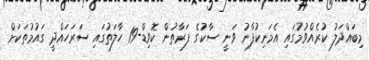
މިބައްދަލު ކުރެއްވުމުގައި އެމަނިކުފާނު ވަނީ ސާކުގެ ފަރާތުން ކޮވިޑް-19 ހާލަތުގައި ސަރަހައްދީ ގައުމުތަކަށް